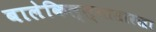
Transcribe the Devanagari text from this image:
बालेकिल्ल्यासारखा